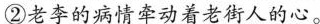
②老李的病情牵动着老街人的心。